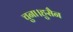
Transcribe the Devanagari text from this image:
चुना।हुसैन